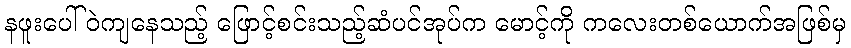
နဖူးပေါ်ဝဲကျနေသည့် ဖြောင့်စင်းသည့်ဆံပင်အုပ်က မောင့်ကို ကလေးတစ်ယောက်အဖြစ်မှ